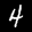
Label: 4